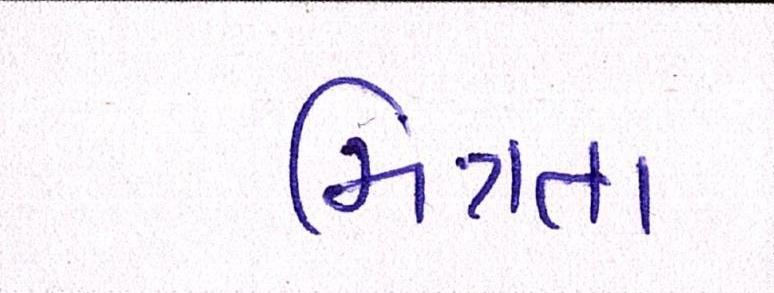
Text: મિત્રતા